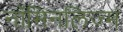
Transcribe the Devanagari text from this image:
नॉमिनलिज्म